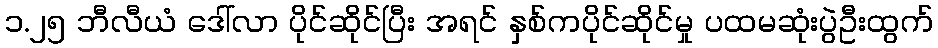
၁.၂၅ ဘီလီယံ ဒေါ်လာ ပိုင်ဆိုင်ပြီး အရင် နှစ်ကပိုင်ဆိုင်မှု ပထမဆုံးပွဲဦးထွက်